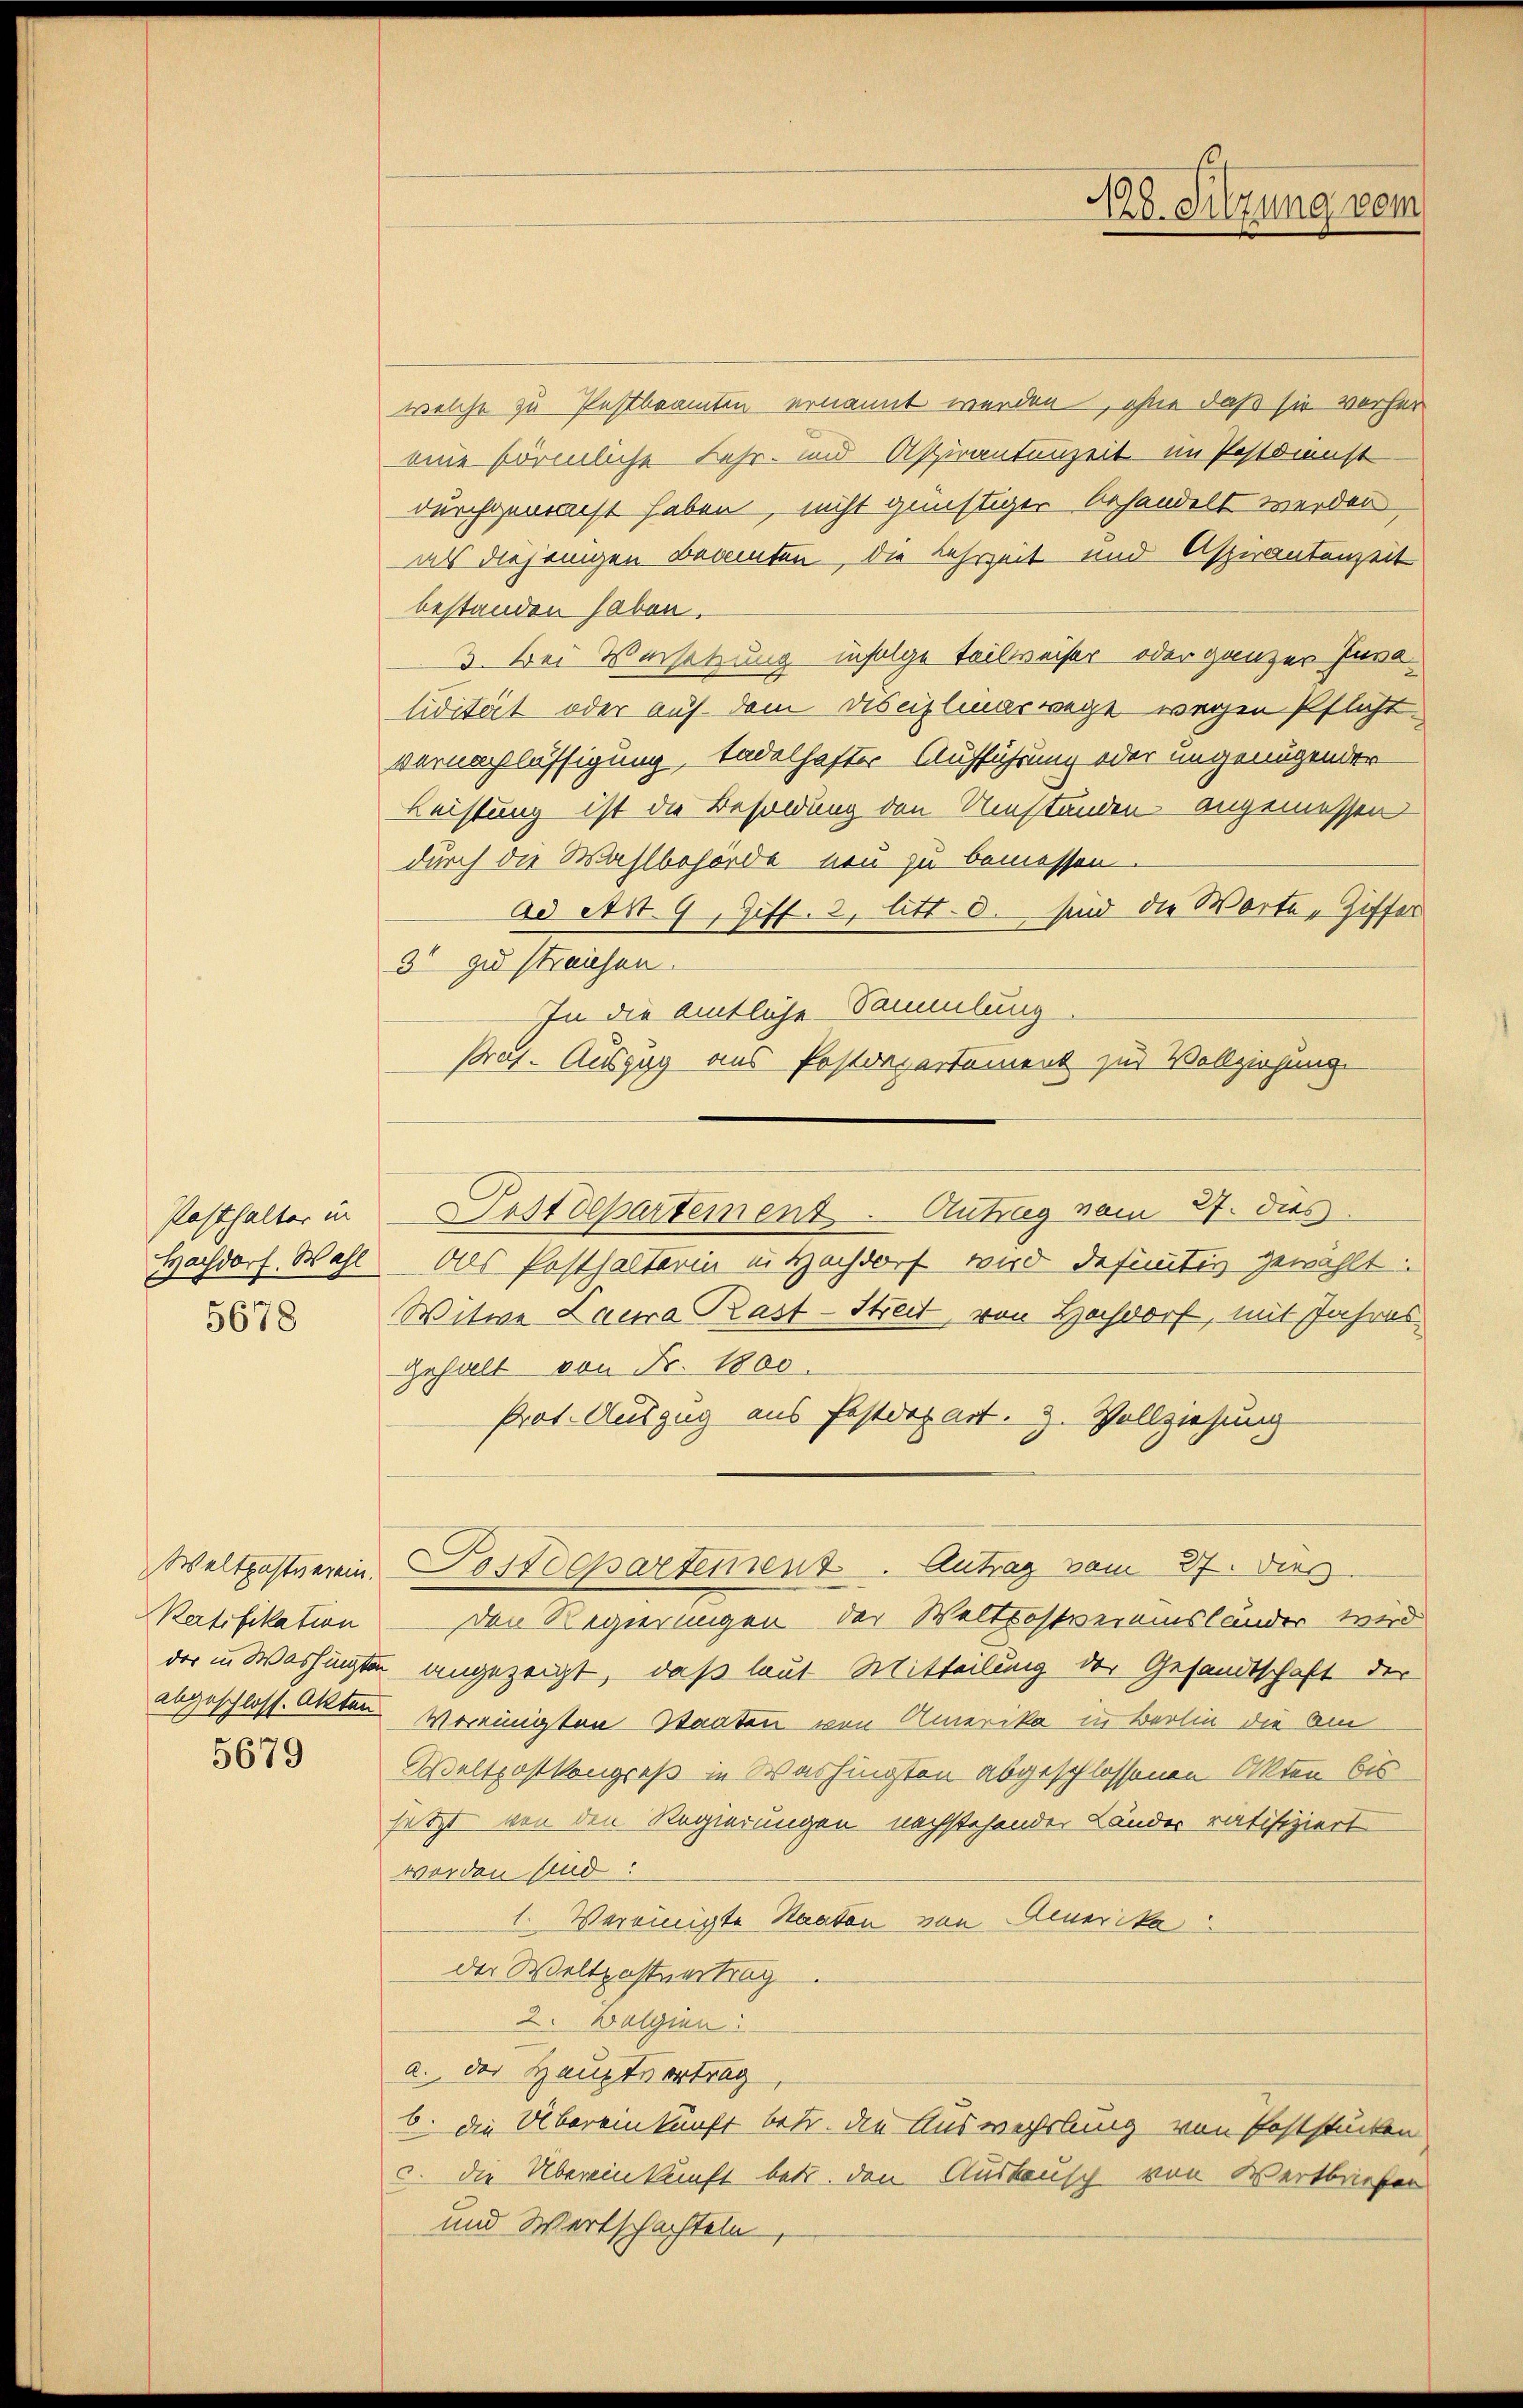
Posthalter in
5678

Pertifikation

5679

welche zu Pestbeamten ernannt werden, ohne daß sie vorher
eine förmliche Lehr- und Aspirantenzeit im Postdienst
durchgemacht haben, nicht günstiger behandelt werden
als diejenigen Beamten, die Lehrzeit und Aspirantenzeit
bestanden haben.
3. Bei Versetzung infolge teilweiser oder ganzer Invalidität oder auf dem Disciplinarwege wegen Pflicht
vernachlässigung, tadelhafter Aufführung oder ungenügender
Leistung ist die Besoldung den Umständen angemessen
durch die Wahlbehörde neu zu bemessen.
ad Art. 9, Ziff. 2, litt. d. sind die Worte, Ziffer
32. zu Praesen.
In die amtliche Sammlung.
Prof. Auszug aus Postrepartament zur Vollziehung
Hochdorf. Wahl. Das Posthalterin in Hochdorf wird definitiv gewählt:
Witwe Laura Rast-Streit, von Hochdorf, mit Jahres
Gehalt von Fr. 1800.
Prot. Auszug aus festdepart. 3. Vollziehung
Weltgesterein Postdepartement. Antrag vom 27. Dies
den Regierungen der Weltrostveransländer wird
der in Washingten angezeigt, daß laut Mitteilung der Gesandtschaft der
abgeschloss. Akten Vereinigten Staaten von Amerika in Berlin die am
Weltpostkongreß in Washingsten abgeschlossenen Akten bis
setzt von den Regierungen nachstehender Länder ratifiziert
worden sind:
1. Vereinigte Staaten von Amerika
der Weltpostentrag
2. Wolgien:
a. der Hauptvortrag
b. die Übereinkunft betr. die Auswechslung von Poststücken
c. die Übereinkunft betr. den Austausch von Wertbriefer
und Wertschachteln

Uestdepartement. Antrag vom 27. dies

Mo. Silzung vom